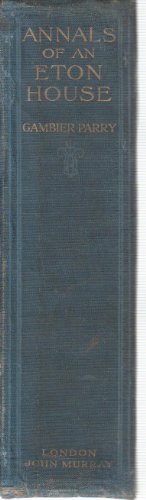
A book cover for Wanderings in South America (Cassel's national library); Charles Waterton; Travel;